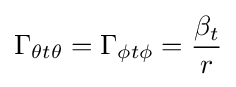
\Gamma _{\theta t\theta }=\Gamma _{\phi t\phi }={\frac {\beta _{t}}{r}}